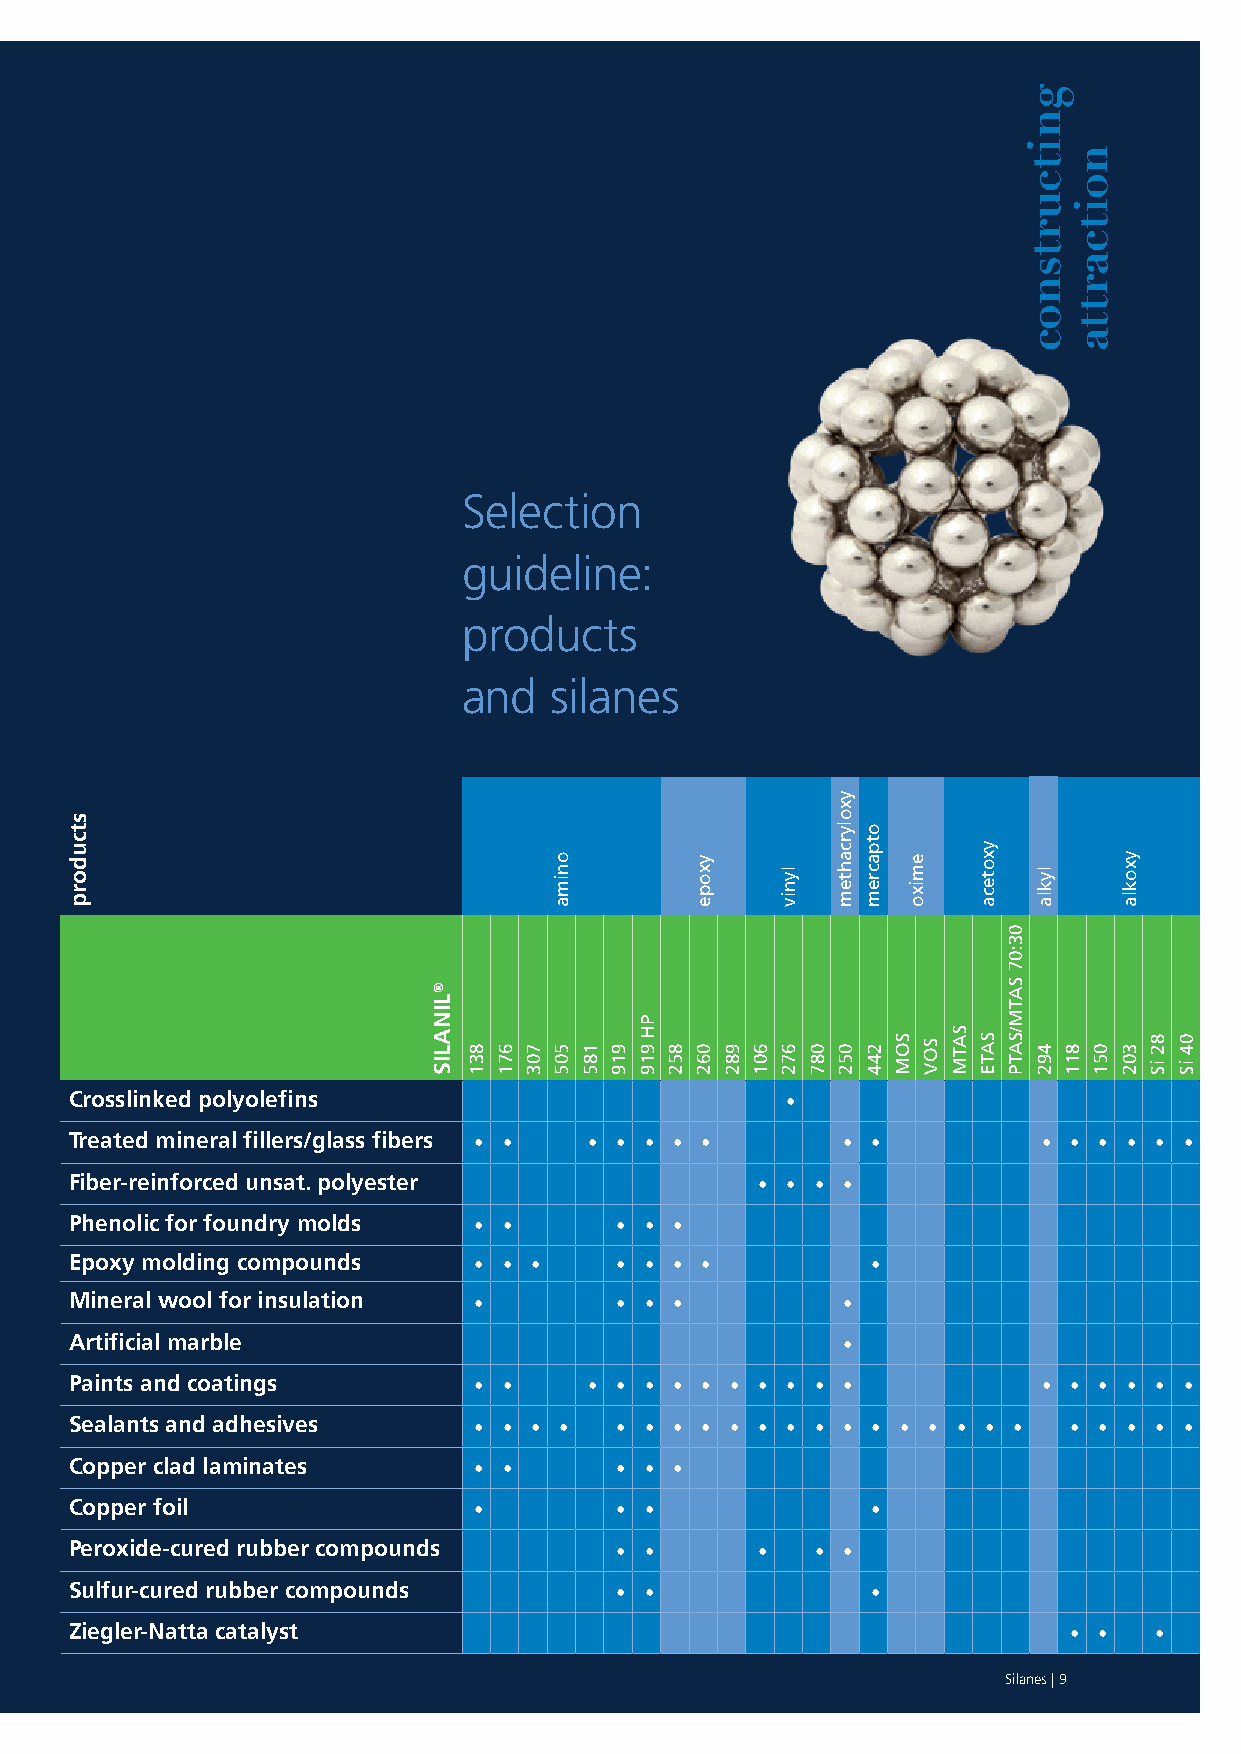
Selection
 guideline:
 products
 and  silanes
 Crosslinked polyolefins                        •
 Treated mineral fillers/glass fibers • • • • • • • • •          • • • • • •
 Fiber-reinforced unsat. polyester            • • • •
 Phenolic for foundry molds • •      • • •
 Epoxy molding compounds   • • •     • • • •          •
 Mineral wool for insulation •       • • •          •
 Artificial marble                                  •
 Paints and coatings       • •     • • • • • • • • • •           • • • • • •
 Sealants and adhesives    • • • •   • • • • • • • • • • • • • • • • • • • •
 Copper clad laminates     • •       • • •
 Copper foil               •         • •              •
 Peroxide-cured rubber compounds     • •      •   • •
 Sulfur-cured rubber compounds       • •              •
 Ziegler-Natta catalyst                                            • •  •
 Silanes | 9
 stcudorp
 ®LINALIS
 831 671 703
 onima
 505 185 919
 PH
 919 852
 yxope
 062 982 601
 lyniv
 672 087
 yxolyrcahtem
 052
 otpacrem
 244 SOM
 emixo
 SOV
 SATM
 yxoteca
 SATE
 03:07
 SATM/SATP
 gnitcurtsnoc
 lykla
 492 811
 noitcartta
 051
 yxokla
 302 82
 iS
 04
 iS